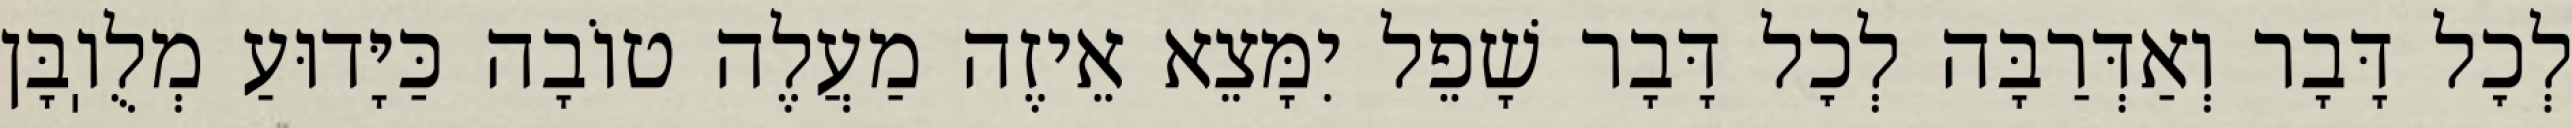
לְכׇל דָּבָר וְאַדְּרַבָּה לְכׇל דָּבָר שָׁפֵל יִמָּצֵא אֵיזֶה מַעֲלֶה טוֹבָה כַּיָּדוּעַ מְלֻוֽבָּן